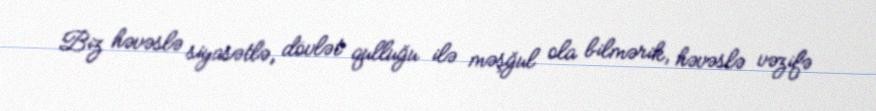
Biz həvəslə siyasətlə, dövlət qulluğu ilə məşğul ola bilmərik, həvəslə vəzifə